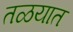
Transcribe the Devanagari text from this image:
तळयात